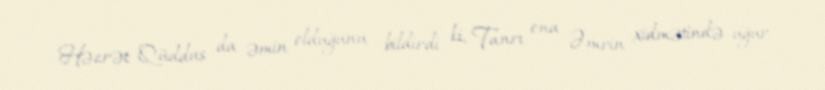
Həzrət Qüddus da əmin olduğunu bildirdi ki, Tanrı ona Əmrin xidmətində uğur